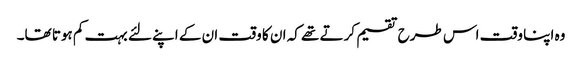
وہ اپنا وقت اس طرح تقسیم کرتے تھے کہ ان کا وقت ان کے اپنے لئے بہت کم ہوتا تھا۔